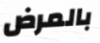
بالمرض